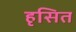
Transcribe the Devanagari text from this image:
हृसित